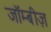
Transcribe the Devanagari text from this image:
जॉम्बीज़